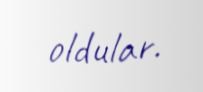
oldular.